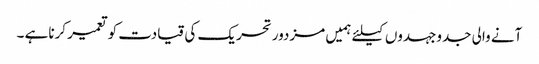
آنے والی جدوجہدوں کیلئے ہمیں مزدور تحریک کی قیادت کو تعمیر کرناہے ۔